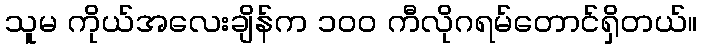
သူမ ကိုယ်အလေးချိန်က ၁၀၀ ကီလိုဂရမ်တောင်ရှိတယ်။